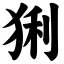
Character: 猁